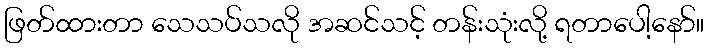
ဖြတ်ထားတာ သေသပ်သလို အဆင်သင့် တန်းသုံးလို့ ရတာပေါ့နော်။